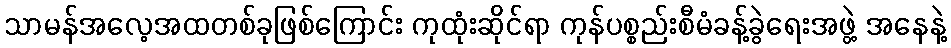
သာမန်အလေ့အထတစ်ခုဖြစ်ကြောင်း ကုထုံးဆိုင်ရာ ကုန်ပစ္စည်းစီမံခန့်ခွဲရေးအဖွဲ့ အနေနဲ့